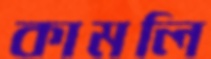
কামলি